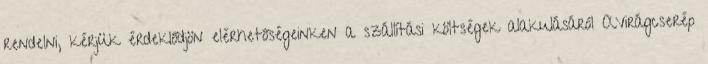
rendelni, kérjük érdeklődjön elérhetőségeinken a szállítási költségek alakulásáról AVirágcserép